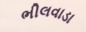
ભીલવાડા